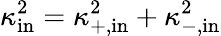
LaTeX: \kappa_{\mathrm{in}}^{2}=\kappa_{+,\mathrm{in}}^{2}+\kappa_{-,\mathrm{in}}^{2}